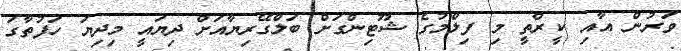
ވަރުން އާއި ކީރްތީ މި ފިލްމުގެ ޝޫޓިންގަށް ބަލްގޭރިޔާއަށް ދިޔައީ މިދިޔަ ހަފުތާގަ